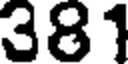
381